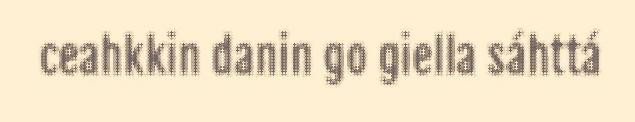
ceahkkin danin go giella sáhttá